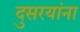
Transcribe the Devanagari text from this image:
दुसरयांना